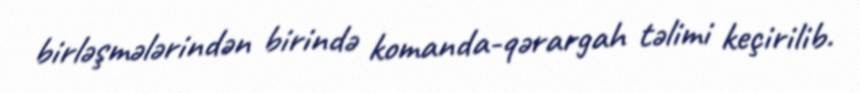
birləşmələrindən birində komanda-qərargah təlimi keçirilib.